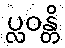
ပ္လဝန္တိ